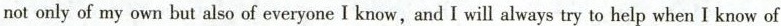
not only of my own but also of everyone I know,and I will always try to help when I know of